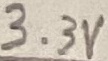
Text: 3.3V